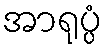
အာရုပ္ပံ